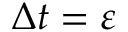
\Delta t = \varepsilon